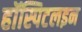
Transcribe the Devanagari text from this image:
हॉस्पिटलइन